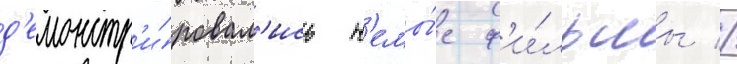
д'емонстр'и́ровал'ись н'емы́е ф'и́льмы //